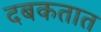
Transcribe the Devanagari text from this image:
दबकतात